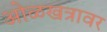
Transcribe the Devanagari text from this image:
ओळखत्रावर